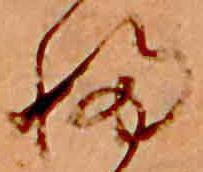
ふ